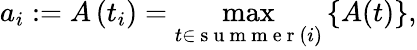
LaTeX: a_{i}:=A\left(t_{i}\right)=\operatorname*{max}_{t\in\mathrm{~s~u~m~m~e~r~}(i)}\left\{ A(t)\right\} ,